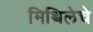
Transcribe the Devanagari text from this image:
मिथिलेचे